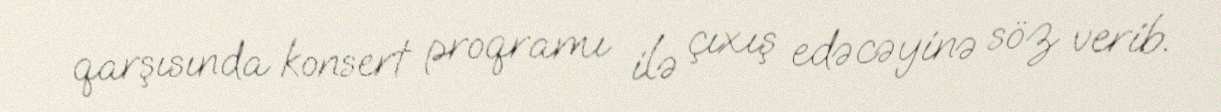
qarşısında konsert proqramı ilə çıxış edəcəyinə söz verib.